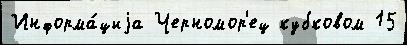
Информа́циjа Черномор'ец кубковом 15